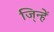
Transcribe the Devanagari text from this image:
जि्न्हें